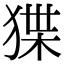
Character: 𤟬